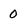
Character: 0